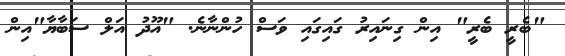
"ބެރީ ބެރީ" އިން ގިނައިރު ގައިގައި ވަސް ހުންނާނެ. "އޫދު އަލް ސަބާޔާ"އިން